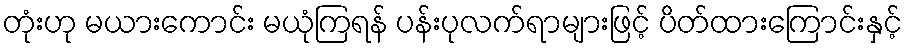
တုံးဟု မယားကောင်း မယုံကြရန် ပန်းပုလက်ရာများဖြင့် ပိတ်ထားကြောင်းနှင့်